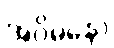
အဝိမနော